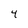
Character: 4